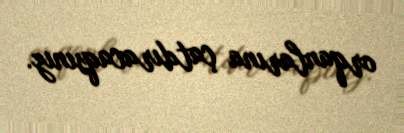
orqanlarına çatdıracaqsınız.